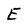
Character: E